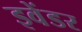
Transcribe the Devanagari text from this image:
इवेंडर